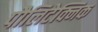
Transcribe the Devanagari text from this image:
पौलिटेक्निक